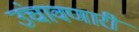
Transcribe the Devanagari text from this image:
उंचावणारी